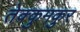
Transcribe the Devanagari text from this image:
तेक्कुमकुर